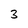
Character: 3